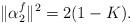
LaTeX: \begin{align*}\Vert \alpha^f_{2}\Vert ^2=2(1-K).\end{align*}